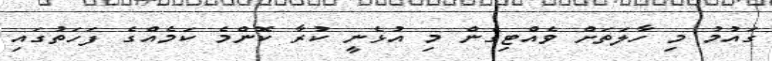
ގައުމު މި ހާލަތަށް ވެއްޓިގެން މި އުޅެނީ ކުރާ ކޮންމެ ކަމެއްގެ ފަހަތުގައި